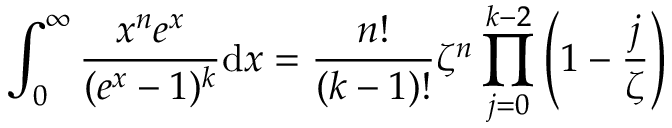
\int _ { 0 } ^ { \infty } { \frac { x ^ { n } e ^ { x } } { ( e ^ { x } - 1 ) ^ { k } } } \mathrm { d } x = { \frac { n ! } { ( k - 1 ) ! } } \zeta ^ { n } \prod _ { j = 0 } ^ { k - 2 } \left( 1 - { \frac { j } { \zeta } } \right)